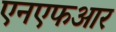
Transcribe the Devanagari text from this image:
एनएफआर